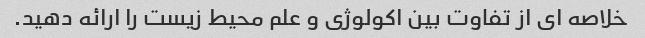
خلاصه ای از تفاوت بین اکولوژی و علم محیط زیست را ارائه دهید.